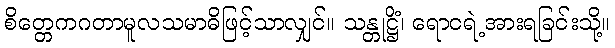
စိတ္တေကဂတာမူလသမာဓိဖြင့်သာလျှင်။ သန္တုဋ္ဌိံ၊ ရောငရဲ့အားရခြင်းသို့။